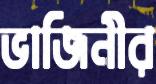
ভাজিনীর